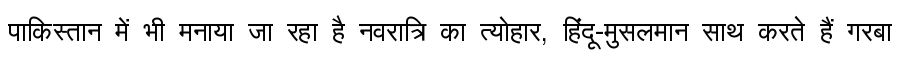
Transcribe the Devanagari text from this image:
पाकिस्तान में भी मनाया जा रहा है नवरात्रि का त्योहार, हिंदू-मुसलमान साथ करते हैं गरबा